system: You are a helpful assistant.
user:
Analyze the provided spectrum to determine if it is a **Carbon Star (C-type)**.

- **Key Visual Indicators of Carbon Star:**
    - **(Primary):** Strong molecular absorption from **C₂ (diatomic carbon) "Swan Bands."** This is the **defining feature** of a carbon star.
        - **(Key Bandheads):** Sharp absorption edges are visible at approximately $5635$ Å, $5165$ Å (the strongest band), and $4737$ Å.
        - **(Line Profile):** Creates a distinct **"saw-tooth"** pattern. The key morphology is a sharp, steep bandhead on the **red (long-wavelength) side**, which then gradually tapers off (i.e., flux recovers) towards the **blue (short-wavelength) side**. *(This is the direct opposite of the TiO bands seen in M-type stars)*.

    - **(Secondary):** Intense **CN (cyanogen)** molecular absorption bands.
        - **(Key Bandheads):** Located in the blue and violet regions of the spectrum (e.g., near $4215$ Å and $3883$ Å).
        - **(Morphology):** These bands are extremely broad and act as a "blanket," absorbing the vast majority of blue and violet light. This creates a characteristic **"cliff"** or **"steep drop-off"** in the spectrum's flux at short wavelengths.

    - **(Key Confirmation):** Strong **CH absorption band (G-band)**.
        - **(Key Bandhead):** Located around $4300$ Å. The contribution from CH molecules to this band is exceptionally strong.

    - **(Overall Spectrum):**
        - The continuum is severely "chopped up" by these deep molecular bands, especially C₂, rather than appearing as a smooth curve.
        - Due to the heavy CN and C₂ absorption in the blue-green, the vast majority of the star's flux is concentrated in the red part of the spectrum, giving the star its characteristic deep red color.

Think first, call **spectral_visualization_tool** if needed to examine features in detail, then provide your final answer. Your response must adhere to the following strict rules:
1.  **Overall Structure:** Your response must follow the format `<think>...</think> <tool_call>...</tool_call> (if a tool is used) <answer>...</answer>`.
2.  **Tool Usage Constraint:** You may only make **one** tool call per turn.
3.  **Final Answer Format:** In the `<answer>` tag, your conclusion must be inside a `\boxed{}` command (e.g., `\boxed{YES}`), followed by your justification.

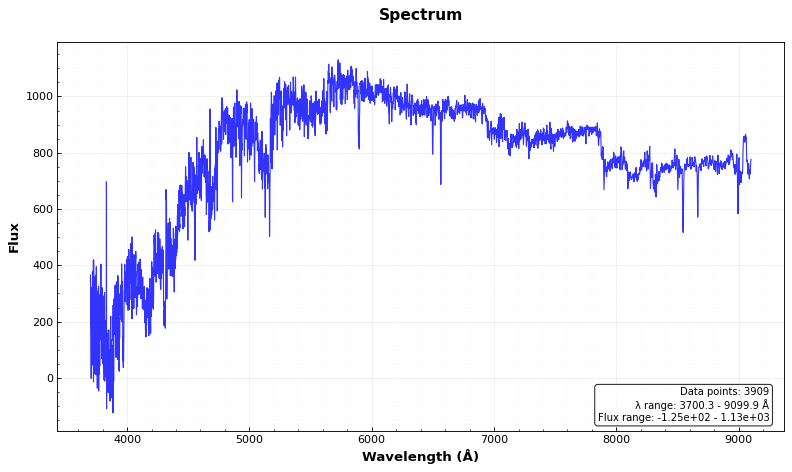
Answer: YES